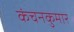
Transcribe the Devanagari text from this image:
कंचनकुमार